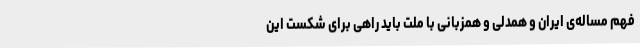
فهم مساله‌ی ایران و همدلی و همزبانی با ملت باید راهی برای شکست این